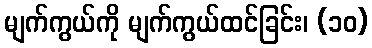
မျက်ကွယ်ကို မျက်ကွယ်ထင်ခြင်း၊ (၁၀)